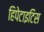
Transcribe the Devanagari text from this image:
हिपेटाइटिस